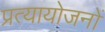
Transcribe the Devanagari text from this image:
प्रत्यायोजनों